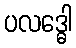
ပလဒ္ဓေါ